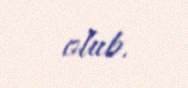
olub.